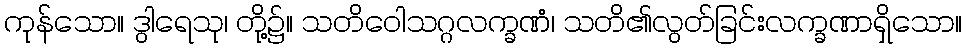
ကုန်သော။ ဒွါရေသု၊ တို့၌။ သတိဝေါသဂ္ဂလက္ခဏံ၊ သတိ၏လွတ်ခြင်းလက္ခဏာရှိသော။